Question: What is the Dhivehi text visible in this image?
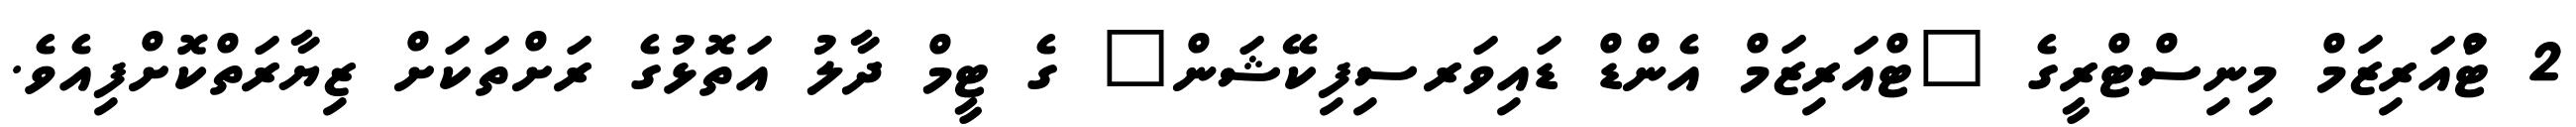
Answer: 2 ޓްުއަރިޒަމް މިނިސްޓްރީގެ "ޓްއަރިޒަމް އެންޑް ޑައިވަރސިފިކޭޝަން" ގެ ޓީމް ދާލު އަތޮޅުގެ ރަށްތަކަށް ޒިޔާރަތްކޮށްފިއެވެ.